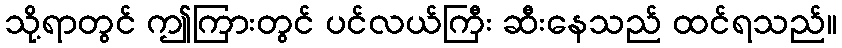
သို့ရာတွင် ဤကြားတွင် ပင်လယ်ကြီး ဆီးနေသည် ထင်ရသည်။